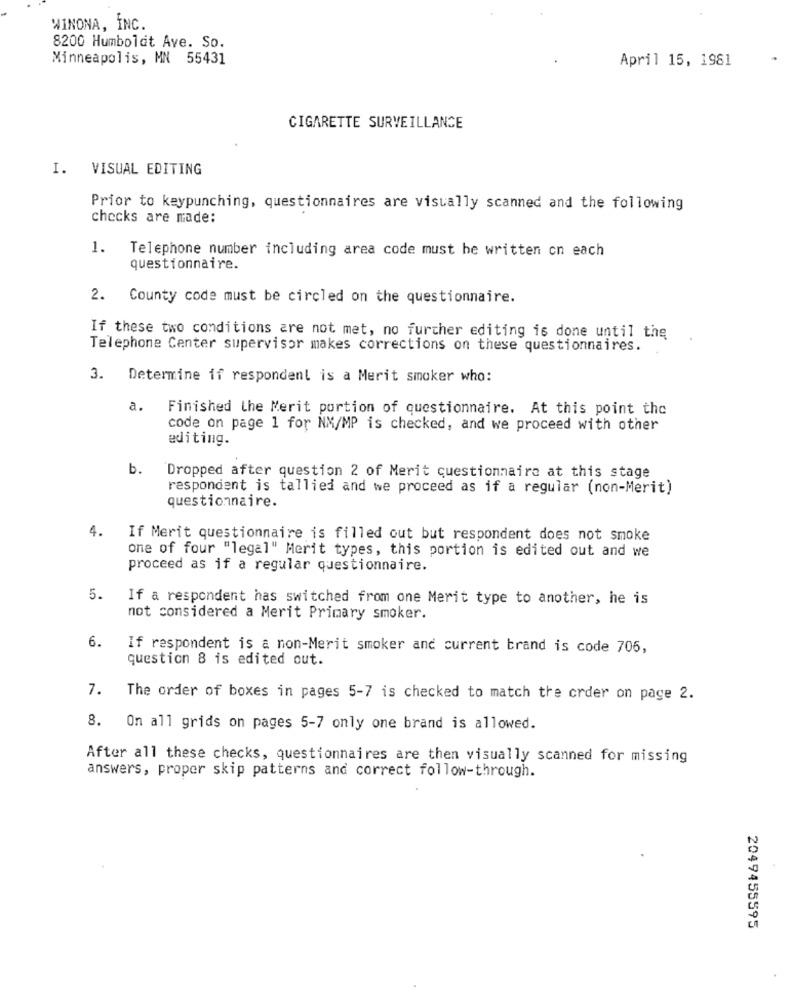
WINONA, INC.
8200 Humboldt Ave. So.
Minneapolis, MN 55431
April 15, 1981
CIGARETTE SURVEILLANCE
I. VISUAL EDITING
Prior to keypunching, questionnaires are visually scanned and the following
checks are made:
1.
Telephone number including area code must be written on each
questionnaire.
2. County code must be circled on the questionnaire.
If these two conditions are not met, no further editing is done until the
Telephone Center supervisor makes corrections on these questionnaires.
3.
Determine if respondent is a Merit smoker who:
a.
Finished the Merit portion of questionnaire. At this point the
code on page 1 for NM/MP is checked, and we proceed with other
editing.
b.
Dropped after question 2 of Merit questionnaire at this stage
respondent is tallied and we proceed as if a regular (non-Merit)
questionnaire.
4.
If Merit questionnaire is filled out but respondent does not smoke
one of four "legal" Merit types, this portion is edited out and we
proceed as if a regular questionnaire.
5.
If a respondent has switched from one Merit type to another, he is
not considered a Merit Primary smoker.
6.
If respondent is a non-Merit smoker and current brand is code 706,
question 8 is edited out.
7.
The order of boxes in pages 5-7 is checked to match the crder on page 2.
8. On all grids on pages 5-7 only one brand is allowed.
After all these checks, questionnaires are then visually scanned for missing
answers, proper skip patterns and correct follow-through.
2049455595